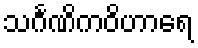
သင်္ဂဏိကဝိဟာရေ